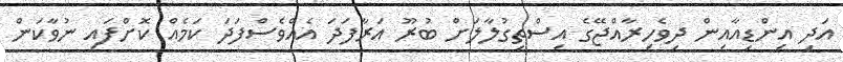
އަދި އިންޑިއާއިން ދިވެހިރާއްޖޭގެ އިސްތިގުލާލަށް ބުރޫ އަރާފަދަ އެއްވެސްފަދަ ކަމެއް ކޮށްފައި ނުވާކަން